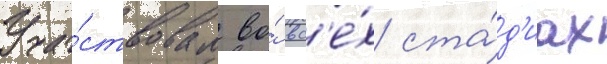
Уча́ствовал во́ вс'е́х ста́д'иах